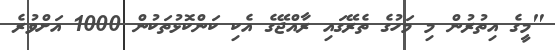
"މީގެ އިތުރުން މި މަހުގެ ތެރޭގައި ރާއްޖޭގެ އެކި ކަންކޮޅުތަކުން 1000 އަށްވުރެ